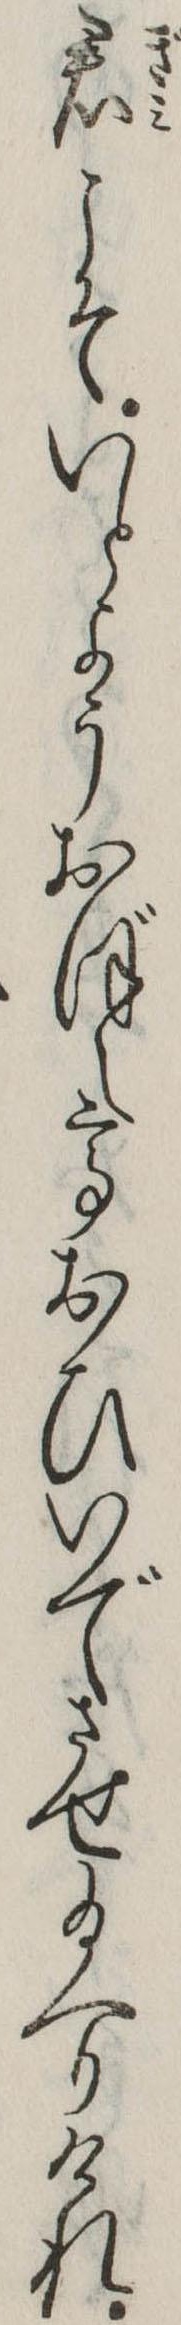
君こそいとようおぼえておひいでさせ給へりけれ